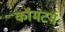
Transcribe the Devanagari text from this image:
कॉमटर्म